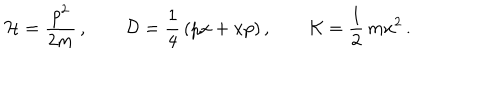
LaTeX: { \cal H } = \frac { p ^ { 2 } } { 2 m } \, , \qquad { \cal D } = \frac { 1 } { 4 } \, ( p x + x p ) \, , \qquad { \cal K } = \frac { 1 } { 2 } \, m x ^ { 2 } \, .